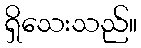
ရှိသေးသည်။